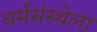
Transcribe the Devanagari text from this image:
धर्मसंस्थेला